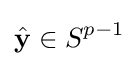
{\hat {\mathbf {y} }}\in S^{p-1}